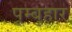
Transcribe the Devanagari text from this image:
पूम्बुहार